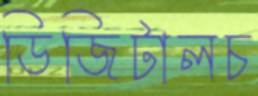
ডিজিটালচ